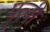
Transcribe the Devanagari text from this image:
पृत्वी